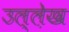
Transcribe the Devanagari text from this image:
उल्ले़ख